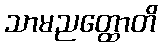
သာမညတ္ထောတိ